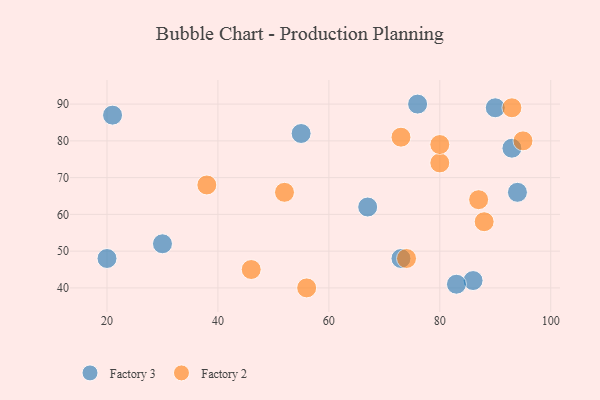
{"axis": {"x": "GDP", "y": "Life Expectancy"}, "legend": ["Factory 2", "Factory 3"], "data": [{"x": "90", "y": 89, "type": "Factory 3"}, {"x": "20", "y": 48, "type": "Factory 3"}, {"x": "55", "y": 82, "type": "Factory 3"}, {"x": "76", "y": 90, "type": "Factory 3"}, {"x": "94", "y": 66, "type": "Factory 3"}, {"x": "86", "y": 42, "type": "Factory 3"}, {"x": "67", "y": 62, "type": "Factory 3"}, {"x": "93", "y": 78, "type": "Factory 3"}, {"x": "73", "y": 48, "type": "Factory 3"}, {"x": "21", "y": 87, "type": "Factory 3"}, {"x": "30", "y": 52, "type": "Factory 3"}, {"x": "83", "y": 41, "type": "Factory 3"}, {"x": "95", "y": 80, "type": "Factory 2"}, {"x": "80", "y": 74, "type": "Factory 2"}, {"x": "73", "y": 81, "type": "Factory 2"}, {"x": "56", "y": 40, "type": "Factory 2"}, {"x": "88", "y": 58, "type": "Factory 2"}, {"x": "93", "y": 89, "type": "Factory 2"}, {"x": "80", "y": 79, "type": "Factory 2"}, {"x": "74", "y": 48, "type": "Factory 2"}, {"x": "46", "y": 45, "type": "Factory 2"}, {"x": "87", "y": 64, "type": "Factory 2"}, {"x": "38", "y": 68, "type": "Factory 2"}, {"x": "52", "y": 66, "type": "Factory 2"}]}